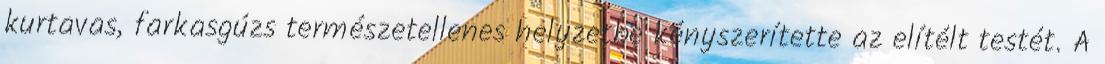
kurtavas, farkasgúzs természetellenes helyzetbe kényszerítette az elítélt testét. A